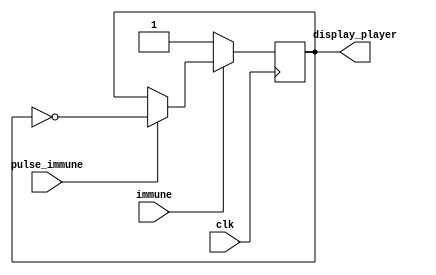
`timescale 1ns / 1ps
//////////////////////////////////////////////////////////////////////////////////
// Company: 
// Engineer: 
// 
// Design Name: 
// Module Name:    immuneController 
// Project Name: 
// Target Devices: 
// Tool versions: 
// Description: 
//
// Dependencies: 
//
// Revision: 
// Revision 0.01 - File Created
// Additional Comments: 
//
//////////////////////////////////////////////////////////////////////////////////
module immuneController(
	clk, pulse_immune, immune, display_player
    );
	input clk,pulse_immune, immune;
	output reg display_player = 1;
	
	always@(posedge clk)
	begin
		if(immune)
		begin
			if(pulse_immune)
				display_player <= ~display_player;
		end
		else
			display_player <= 1;
	end
	

endmodule